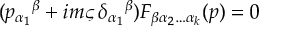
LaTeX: ( p _ { \alpha _ { 1 } } { } ^ { \beta } + i m \varsigma \, \delta _ { \alpha _ { 1 } } { } ^ { \beta } ) F _ { \beta \alpha _ { 2 } \ldots \alpha _ { k } } ( p ) = 0